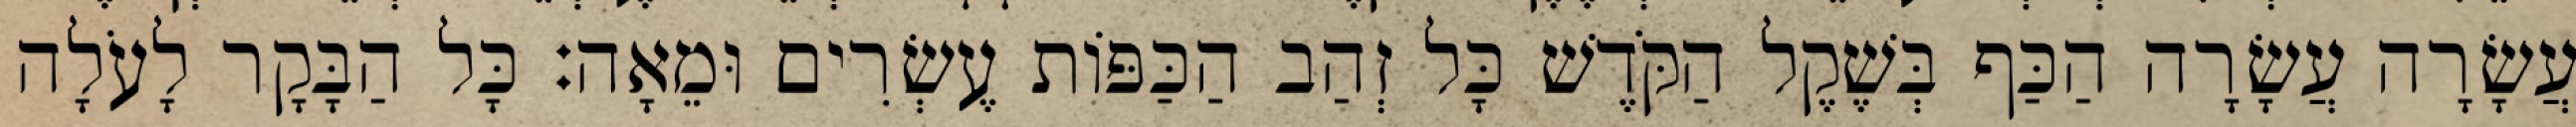
עֲשָׂרָה עֲשָׂרָה הַכַּף בְּשֶׁקֶל הַקֹּדֶשׁ כָּל זְהַב הַכַּפּוֹת עֶשְׂרִים וּמֵאָה׃ כָּל הַבָּקָר לָעֹלָה